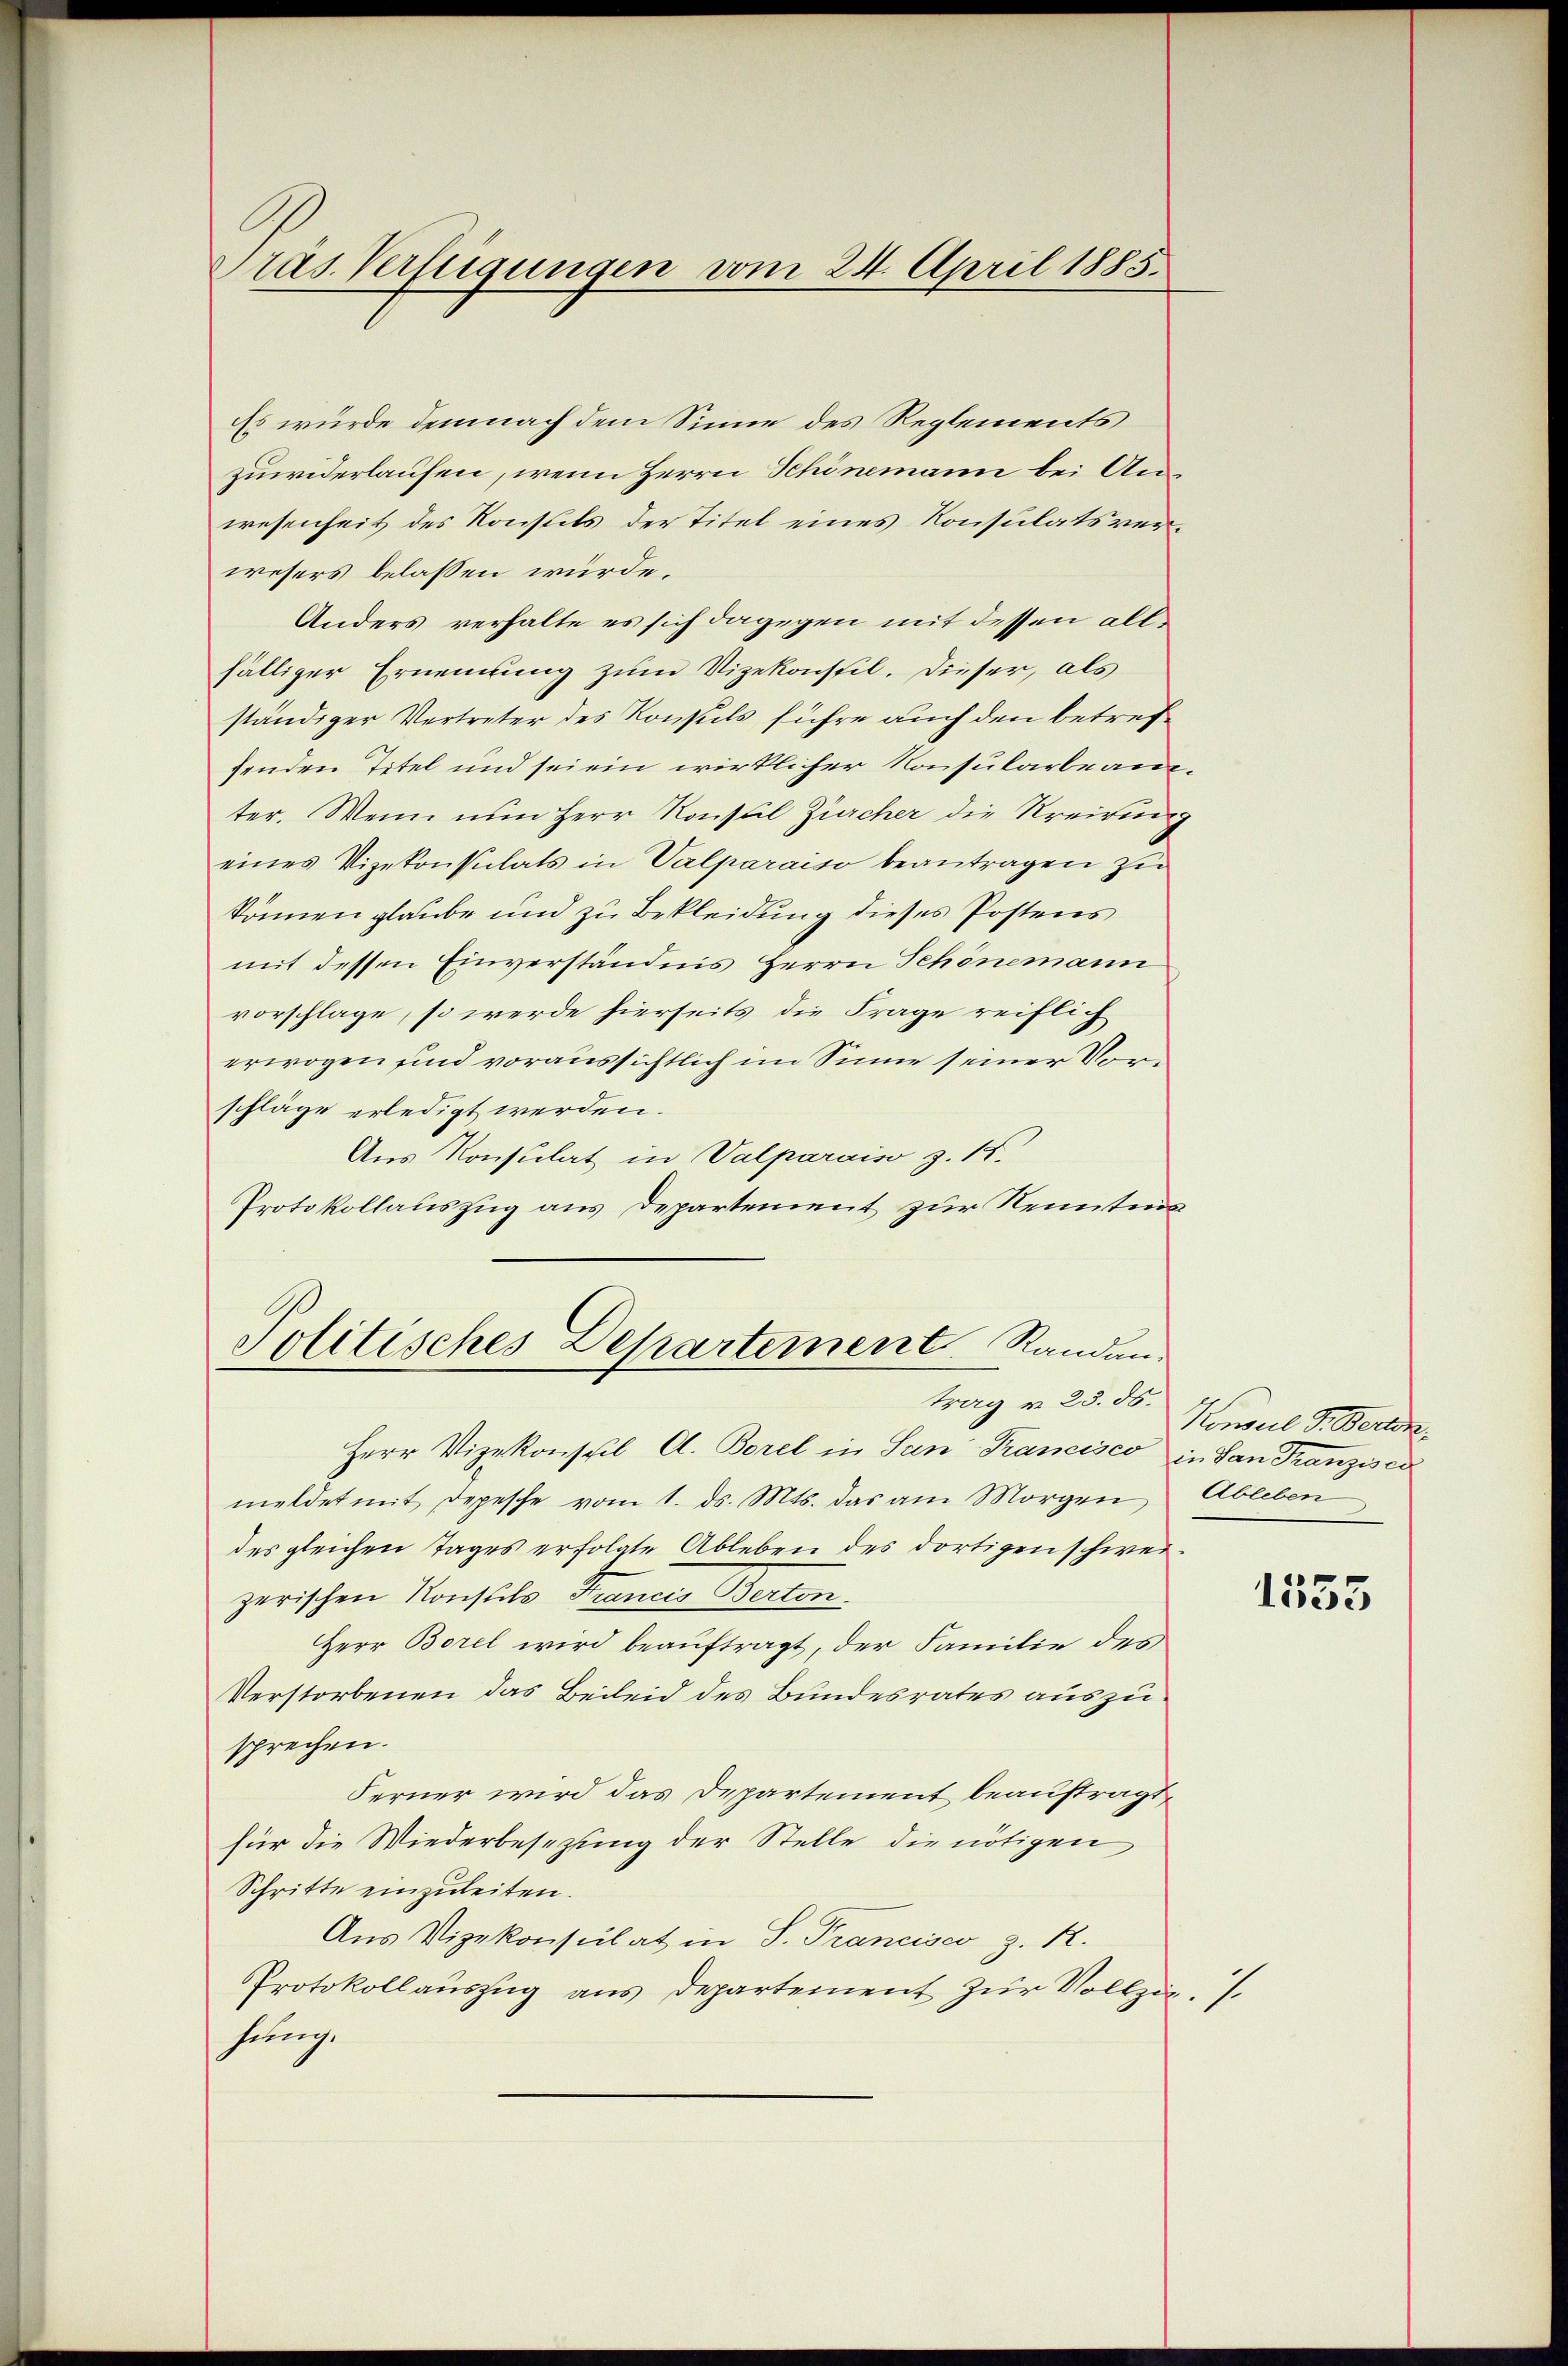
Es würde demnach dem Sinne des Reglements
zuwiderlaufen, wenn Herrn Schönemann bei Anwesenheit des Konsuls der Titel eines Konsulatsverwesers belassen würde.
Anders verhalte es sich dagegen mit dessen allfälliger Ernennung zum Vizekonstil. Dieser, als
ständiger Vertreter des Konsuls führe auch den betreffenden Titel und sei ein wirklicher Konsularbeamter. Wenn nun Herr Konsul Zürcher die Kreirung
eines Vizekonsulats in Valparaiso beantragen zu
können glaube und zu Bekleidung dieses Postens
mit dessen Einverständnis Herrn Schönemann
vorschlage, so werde hierseits die Frage reiflich
erwogen sind voraussichtlich im Sinne seiner Vorschläge erledigt werden.
Aus Konsulat in Valparaiso z. 15.
Protokollauszug aus Departement zur Kenntnis
Politisches Departement Randan-

Pras Verfügungen vom 24. April 1885.

Herr Vizekonseil A. Borel in San-Trancisco in San Franzisca
meldet mit Depesche vom 1. ds. Mts. das am Morgen Ableben
des gleichen Tages erfolgte Ableben des dortigen schweizerischen Konstals Tranen Berton.
Herr Borel wird beauftragt, der Familie des
Verstorbenen das Beileid des Bundesrates auszusprechen.
Ferner wird das Departement beauftragt,
für die Wiederbesezung der Stelle die nötigen
Schritte einzuleiten.
Aus Vizekonsulat in S. Trancisco z. R.
Protokollauszug aus Departement zur Vollzie
heinig.

trag v. 25. ds. Konsul F. Bertor

1535